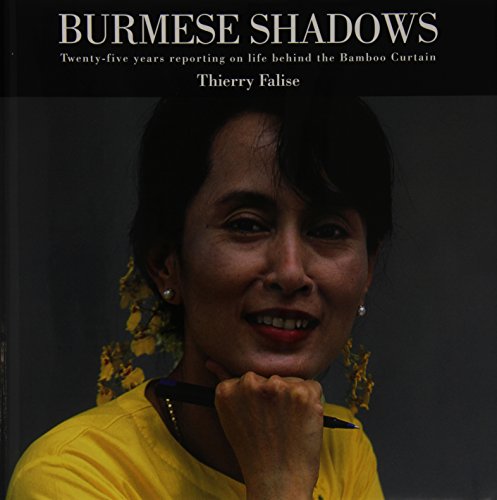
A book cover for Burmese Shadows: Twenty-five years Reporting on Life Behind the Bamboo Curtain; Travel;